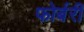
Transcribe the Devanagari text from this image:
फोर्बरी